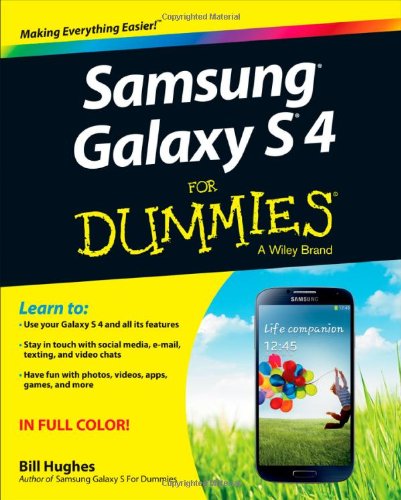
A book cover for Samsung Galaxy S 4 For Dummies; Bill Hughes; Computers & Technology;